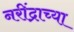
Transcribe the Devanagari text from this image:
नरींद्राच्या